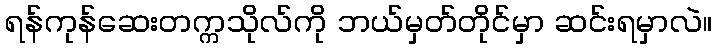
ရန်ကုန်ဆေးတက္ကသိုလ်ကို ဘယ်မှတ်တိုင်မှာ ဆင်းရမှာလဲ။